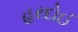
હરદોઈ